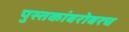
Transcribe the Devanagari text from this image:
पुस्तकांबरोबरच